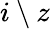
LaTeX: i\setminus z